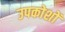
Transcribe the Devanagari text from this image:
उपकोशों